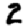
Digit: 2